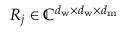
R _ { j } \in \mathbb { C } ^ { d _ { \mathrm { w } } \times d _ { \mathrm { w } } \times d _ { \mathrm { m } } }